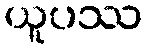
ယူပဿ